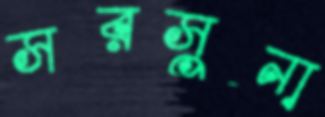
সরসুনা